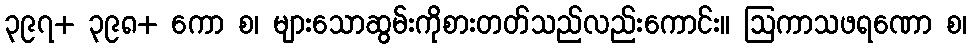
၃၉၇+ ၃၉၈+ ကော စ၊ များသောဆွမ်းကိုစားတတ်သည်လည်းကောင်း။ ဩကာသဖရဏော စ၊